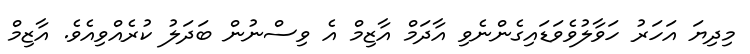
މިދިޔަ އަހަރު ހަވާލުވެވަޑައިގެންނެވި އާދަމް އާޒިމް އެ ވިސްނުން ބަދަލު ކުރެއްވިއެވެ. އާޒިމް